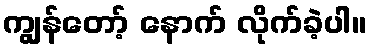
ကျွန်တော့် နောက် လိုက်ခဲ့ပါ။